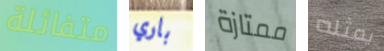
متفائلة باري ممتازة يمثله